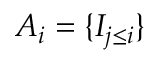
A _ { i } = \{ I _ { j \leq i } \}